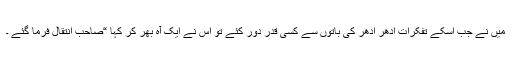
میں نے جب اسکے تفکرات اِدھر اُدھر کی باتوں سے کسی قدر دور کئے تو اس نے ایک آہ بھر کر کہا “صاحب انتقال فرما گئے ۔